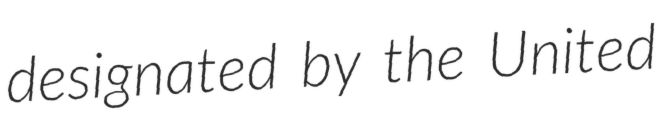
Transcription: designated by the United